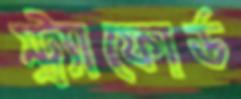
স্ট্র্যাফোর্ড